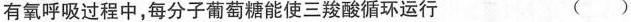
有氧呼吸过程中，每分子葡萄糖能使三羧酸循环运行 ( )